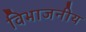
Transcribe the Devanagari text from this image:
विभाजनीय